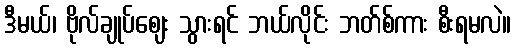
ဒီမယ်၊ ဗိုလ်ချုပ်ဈေး သွားရင် ဘယ်လိုင်း ဘတ်စ်ကား စီးရမလဲ။